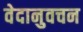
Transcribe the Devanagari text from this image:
वेदानुवचन